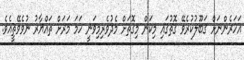
އަހަރެންނަށް ޤަބޫލުކުރެވޭ ގޮތުގައި މިކަން މިގޮތަށް މެދުވެރިމިވަނީ ހަމަ މަރަށް ތައްޔާރު ނުވެވޭތީއެވެ.